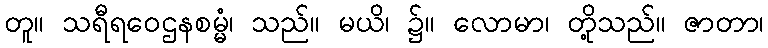
တူ။ သရီရဝေဌနစမ္မံ၊ သည်။ မယိ၊ ၌။ လောမာ၊ တို့သည်။ ဇာတာ၊